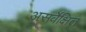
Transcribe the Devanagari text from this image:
असर्वेक्षित